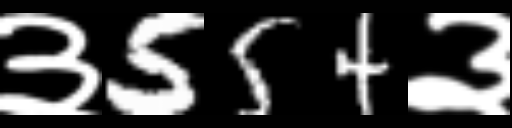
Text: ३554३